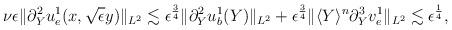
LaTeX: \begin{align*}\begin{aligned}\nu \epsilon \Vert \partial_Y^2u^1_e(x,\sqrt{\epsilon}y)\Vert_{L^2} \lesssim \epsilon^{\frac{3}{4}}\Vert \partial_Y^2u^1_b(Y)\Vert_{L^2}+\epsilon^{\frac{3}{4}}\Vert \langle Y\rangle^n\partial_Y^3v^1_e\Vert_{L^2} \lesssim \epsilon^{\frac{1}{4}},\end{aligned}\end{align*}